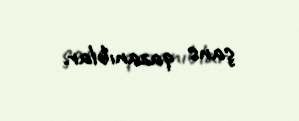
şans qazanıblar.